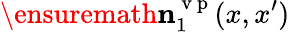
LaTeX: \ensuremath{\mathbf{n}}_{1}^{\mathrm{~v~p~}}(x,x^{\prime})